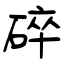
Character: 碎